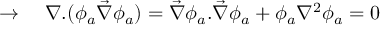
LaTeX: \rightarrow \ \ \ \nabla . ( \phi _ { a } \vec { \nabla } \phi _ { a } ) = \vec { \nabla } \phi _ { a } . \vec { \nabla } \phi _ { a } + \phi _ { a } \nabla ^ { 2 } \phi _ { a } = 0